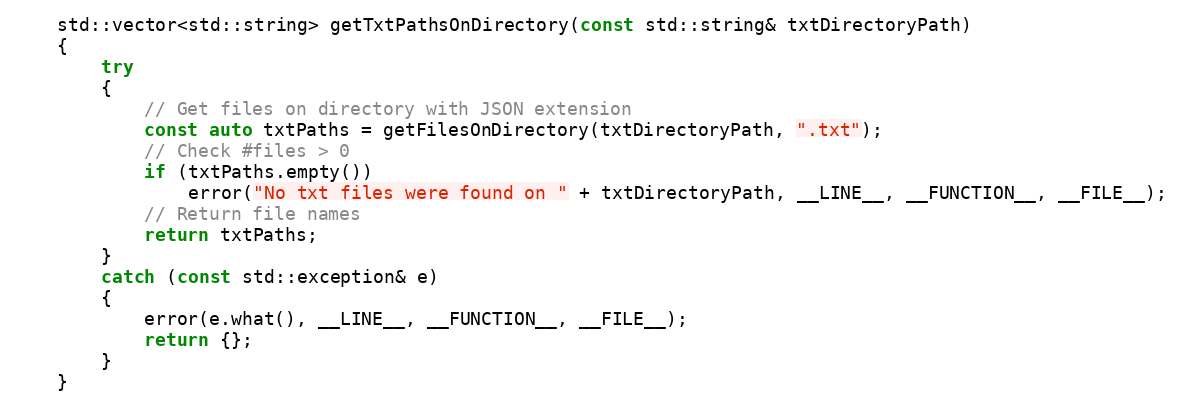
Language: C++
    std::vector<std::string> getTxtPathsOnDirectory(const std::string& txtDirectoryPath)
    {
        try
        {
            // Get files on directory with JSON extension
            const auto txtPaths = getFilesOnDirectory(txtDirectoryPath, ".txt");
            // Check #files > 0
            if (txtPaths.empty())
                error("No txt files were found on " + txtDirectoryPath, __LINE__, __FUNCTION__, __FILE__);
            // Return file names
            return txtPaths;
        }
        catch (const std::exception& e)
        {
            error(e.what(), __LINE__, __FUNCTION__, __FILE__);
            return {};
        }
    }